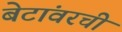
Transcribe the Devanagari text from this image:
बेटांवरची